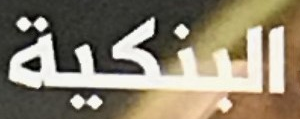
البنكية